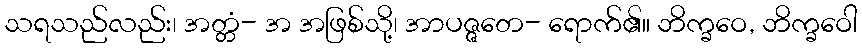
သရသည်လည်း၊ အတ္တံ- အ အဖြစ်သို့၊ အာပဇ္ဇတေ- ရောက်၏။ ဘိက္ခဝေ, ဘိက္ခဝေါ